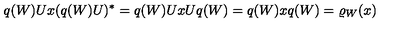
q ( W ) U x ( q ( W ) U ) ^ { * } = q ( W ) U x U q ( W ) = q ( W ) x q ( W ) = \varrho _ { W } ( x )